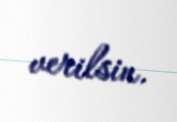
verilsin.